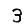
Digit: 3